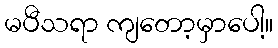
မပီသရာ ကျတော့မှာပေါ့။